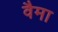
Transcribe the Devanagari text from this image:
वैमा